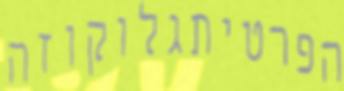
הפרטיתגלוקוזה